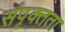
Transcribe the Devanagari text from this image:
संपृक्तता